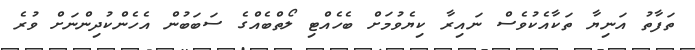
ތަފާތު އަނިޔާ ތަކާއެކުވެސް ނައިރާ ކިޔެވުމަށް ބެހެއްޓި ލޯތްބެއްގެ ސަބަބުން އެހެންކުދިންނަށް ވުރެ